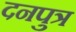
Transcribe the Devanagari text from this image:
दनपुत्र